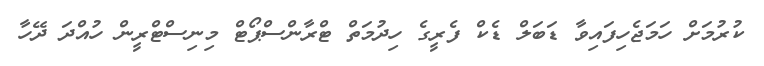
ކުރުމަށް ހަމަޖެހިފައިވާ ޑަބަލް ޑެކް ފެރީގެ ހިދުމަތް ޓްރާންސްޕޯޓް މިނިސްޓްރީން ހުއްދަ ދޭހާ